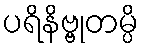
ပရိနိဗ္ဗုတမ္ပိ